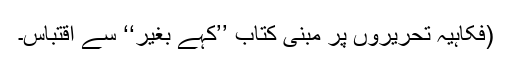
(فکاہیہ تحریروں پر مبنی کتاب ’’کہے بغیر‘‘ سے اقتباس۔